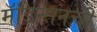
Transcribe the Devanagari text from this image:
मॅडिन्सनची